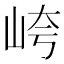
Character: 𱛡